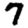
Digit: 7